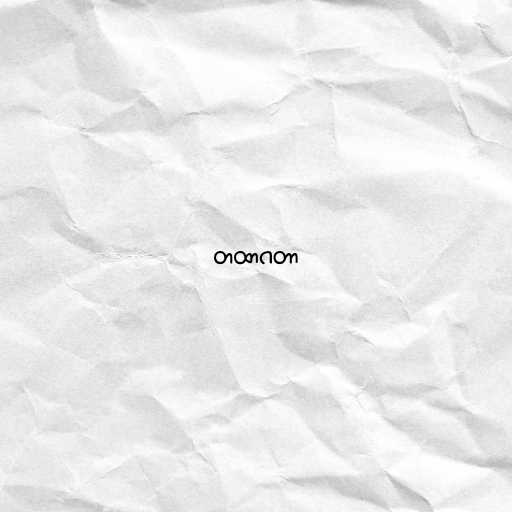
တထာဂတာ